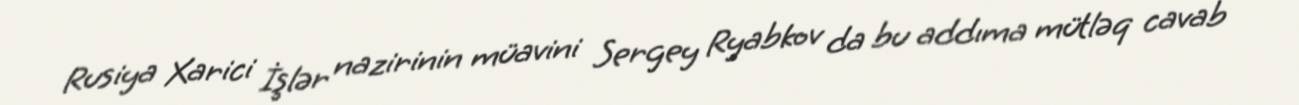
Rusiya Xarici İşlər nazirinin müavini Sergey Ryabkov da bu addıma mütləq cavab